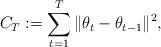
LaTeX: \begin{align*}C_T:=\sum_{t=1}^T \| \theta_t-\theta_{t-1}\|^2,\end{align*}